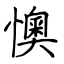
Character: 懊